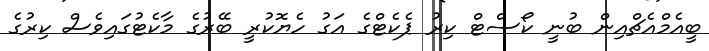
ބީއެމްއެޗްއިން ބުނީ ކޯސްޓް ކިރު ޕެކެޓްގެ އަގު ހެޔޮކުރީ ބޭރުގެ މާކެޓުގައިވެސް ކިރުގެ